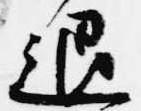
退